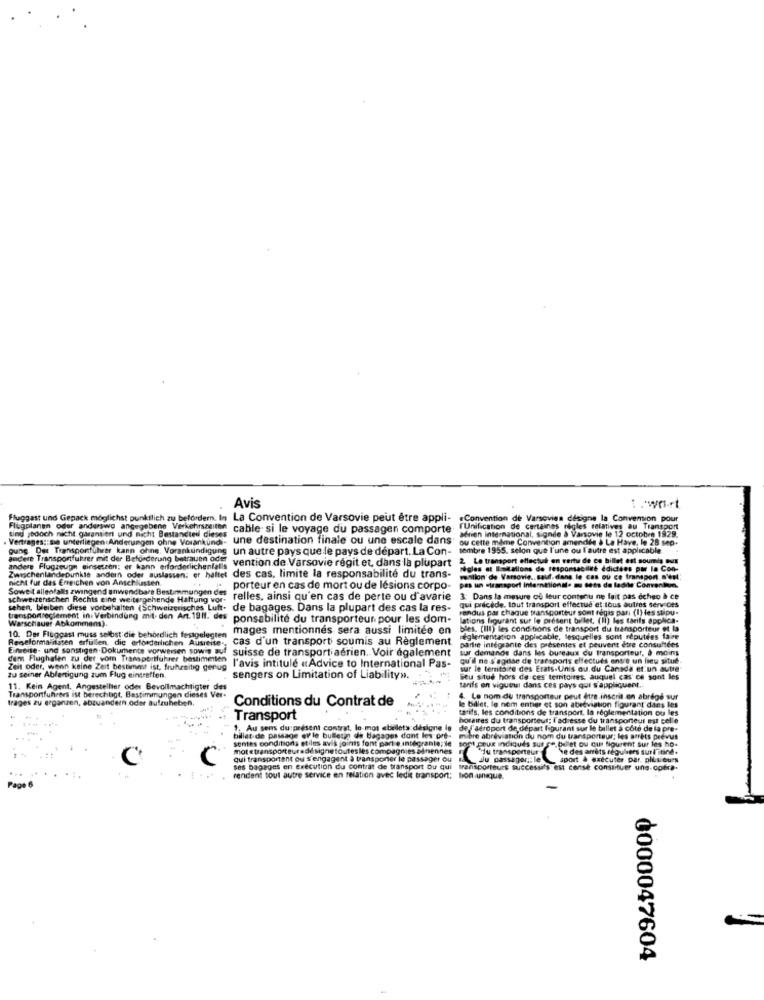
Avis
Fluggast und Gepack möglichst punktlich zu befordern. In La Convention de Varsovie peut être appli-
.Convention de Varsovien designe la Convention pour
ting jedoch nicht garantiert und nicht Bestandteil dieses
Flugplanen oder anderswo angegebene Verkehrszeiten
cable si le voyage du passagen comporte
fUnification de certaines regles relatives au Transport
adrien international, signde à Varsovie le 12 octobre 1929.
. Vertrages: se unterliegen Anderungen ohne Vorankundi-
une destination finale ou une escale dans
ou cette même Convention amendde à La Have, le 28 sep.
gung. Det Transportfuhrer kann ohne. Vorankundigung
un autre pays que le pays de départ. La Con-
tembre 1955. selon que l'une ou l'autre est applicable.
andere Transportfuhrer mit der Beforderung betrauen oder
vention de Varsovie regit et, dans la plupart
2. Le transport effectué on verts de ce billet est soumis e/E
andere Flugzeuge einsetzen: er kann erforderlichenfalls
règles at Battalions de responsabileé édictées por la Con-
ZwischenlandeDunkle andern oder auslassen; er haftet
nicht fur das Erreichen von Anschlussen.
des cas, limite la responsabilité du trans-
vention de Varsovie .. sauf. dans le cas ou ce transpon.c'est
Soweit allenfalls zwingend anwendbare Bestimmungen des
porteur en cas de mort ou de lésions corpo-
pas un stransport International. su cess de ladite Convention.
schweizerischen Rechts eine weitergehende Haftung vor-
relles, ainsi qu'en cas de perte ou d'avarie
3: Dans la mesure of leur contenu ne fait pas ocheo & ce
sehen, bleiben diese vorbehalten (Schweizerisches Luft. de bagages. Dans la plupart des cas la res-
Fendus par chaque transporteur sont regis pari (I) les stipu-
qui précède. tout transport effectue et lous autres serv Des
transportreglement in Verbindung mit- den Art. 1911. des
Warschauer Abkommens).
ponsabilité du transporteur pour les dom-
lations figurant sur le présent billet, (II) les tarifs applica-
mages mentionnés sera aussi limitée en
bles. (III) les conditions de transport du transporteur et la
Reineformalitäten erfüllen, die erforderlichen Ausreise-
10. Der Fluggast muss selbst die behoedlich festgelegten
cas d'un transport soumis au Reglement
réglementation applicable, lesquelles sont réputées faire
partie intégrante des presentes et peuvent être consultées
Einreise- und sonstigen Dokumente vorweisen sowie auf suisse de transport aérien. Voir également
sur demande dans les bureaux du transporteur, à moins
dem Flughafen zu der vom Transportfuhrer bestimmten
qu'il ne s'agitse de trafsports effectués entre un lieu situé.
Zeit oder, wenn keine Zeit bestimmt ist, fruhzeitig genug
l'avis intitulé «Advice to International Pas-
sur le territoire des Erats-Unis ou du Canada et un autre
zu seiner Abfertigung zum Flug eintreffen.
sengers on Limitation of Liability».
Seu situe hors de ces teritoires, auquel cas ce sont les
11. Kein Agent. Angestellter oder Bevollmachtigter des
tarifs on vigueur dans ces pays qui s'appliquent ..
Transportfuhrers ist berechtigt, Bestimmungen dieses Ver
trages zu geganzen, abzuandern.oder aufzuheben.
Conditions du Contrat de
4. Le nom du transporteur peut être inscrit en abrégé sur
le billet, le nem entier et son abréviation figurant dans les
tarifs, les conditions de transport, la réglementation ou les
Transport
horaires du transporteur; l'adresse du transporteur est celle
1. Au sens du présent contrat, le-mot etsellets désigne le
de l'aéroport de départ figurant sur le billet a cote de la pre-
billet de passage er le bulletin de bagages dont les ort-
sentes conditions etiles avis joints font parte integrante; de
sont POUR Indiqués sur ce bullet ou cus figurent sur les ho-
hibre abreviation du nom du transporteur; les arets prévus
motetransporteursdésignetoutesles compagnies admennes
he des arrêts réguliers sur l'itine.
C
qui transportent ou s'engagent à transporter le passager ou
Ju passagen: le
sport & exécuter par. plusieurs
ses bagages en exécution du contrat de transport Ou qui
transporteurs Success
est censé constituer une-cobra.
rendent tout autre service en relation avec ledit transport;
tion unaque.
Page
0000047604